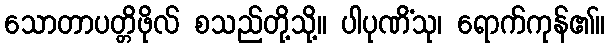
သောတာပတ္တိဖိုလ် စသည်တို့သို့။ ပါပုဏိံသု၊ ရောက်ကုန်၏။